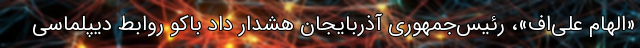
«الهام علی‌اف»، رئیس‌جمهوری آذربایجان هشدار داد باکو روابط دیپلماسی